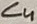
Text: C4